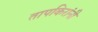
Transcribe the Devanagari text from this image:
तापकिरांनी